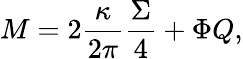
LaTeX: M=2\frac{\kappa}{2\pi}\frac{\Sigma}{4}+\Phi Q,